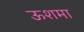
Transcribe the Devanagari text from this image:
ऊशमा